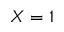
X = 1